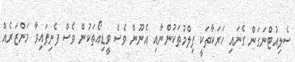
ސެލިއުޓްނަގަން ގެނައި ހަރަކާތަކީ ފިލްމުތަކުންނާއި އެނޫން ވެސް ވީޑިއޯތަކުން ވެސް ފެނިފައިވާ މަންޒަރެއް